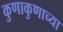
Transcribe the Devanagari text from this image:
कुणाकुणाच्या